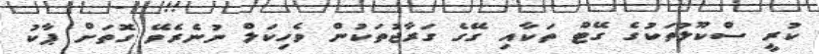
ކުރީ ސްކޫލުތަކުގެ ގޭޓް ތަކާއި ގޭގެ ގަރާޖުތަކުން ވެހިކަލް ނުނެރެވޭ ގޮތަށް ޕާކު